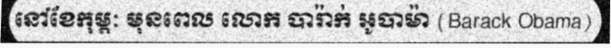
នៅខែកុម្ភៈ មុនពេល លោក បារ៉ាក់ អូបាម៉ា (Barack Obama)